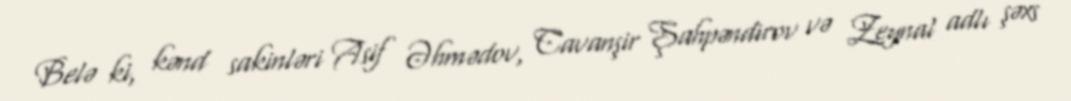
Belə ki, kənd sakinləri Asif Əhmədov, Cavanşir Şahpəndirov və Zeynal adlı şəxs